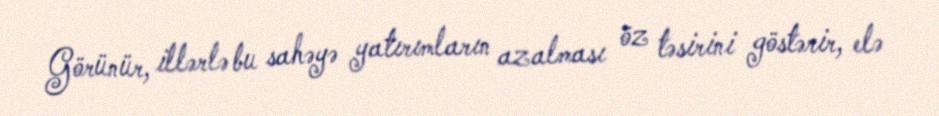
Görünür, illərlə bu sahəyə yatırımların azalması öz təsirini göstərir, elə